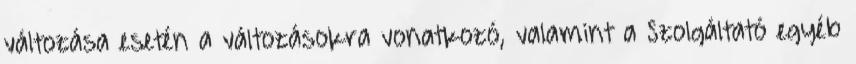
változása esetén a változásokra vonatkozó, valamint a Szolgáltató egyéb